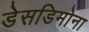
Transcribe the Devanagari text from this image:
डेसडिमोना